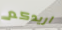
اريدكم